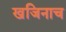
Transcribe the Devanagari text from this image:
खजिनाच